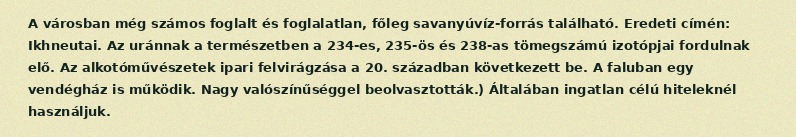
A városban még számos foglalt és foglalatlan, főleg savanyúvíz-forrás található. Eredeti címén: Ikhneutai. Az uránnak a természetben a 234-es, 235-ös és 238-as tömegszámú izotópjai fordulnak elő. Az alkotóművészetek ipari felvirágzása a 20. században következett be. A faluban egy vendégház is működik. Nagy valószínűséggel beolvasztották.) Általában ingatlan célú hiteleknél használjuk.